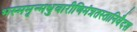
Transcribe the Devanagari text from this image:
भस्ममृन्मधुवारीणिमंत्रतस्तानिवैदश